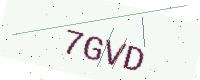
Text: 7GVD